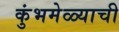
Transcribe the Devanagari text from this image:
कुंभमेळ्याची